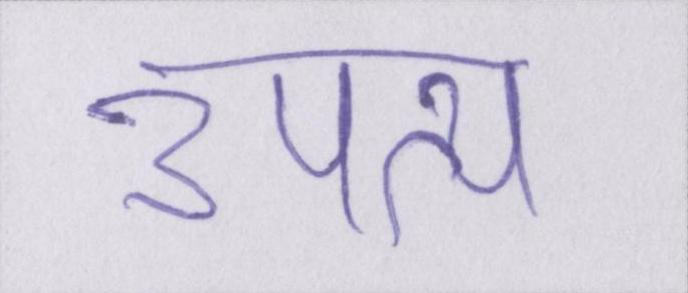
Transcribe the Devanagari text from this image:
उपत्य